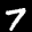
Label: 7